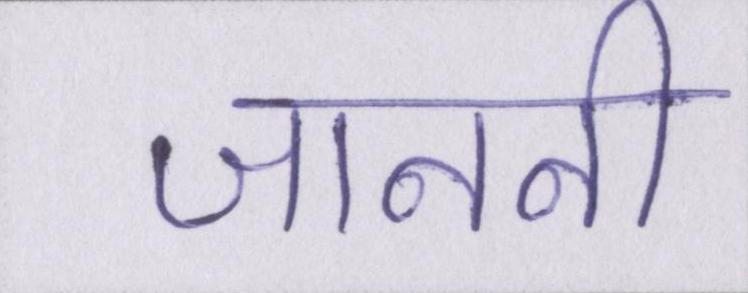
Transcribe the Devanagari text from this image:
जाननी